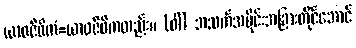
ယာဝဇီဝိကံ=ယာဝဇီဝိကတည်း။ (ဝါ) အသက်အပိုင်းအခြားတိုင်အောင်